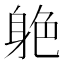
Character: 𨉆